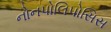
નોનપોલિપોસિસ